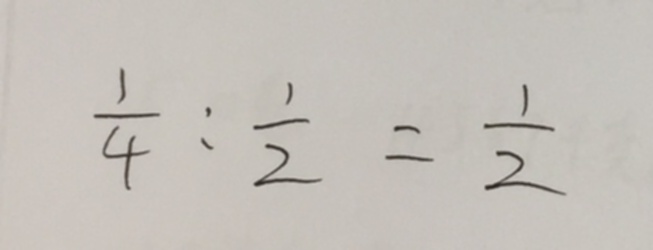
\frac { 1 } { 4 } : \frac { 1 } { 2 } = \frac { 1 } { 2 }